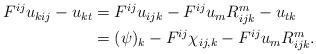
LaTeX: \begin{align*}\begin{aligned}F^{ij} u_{kij} - u_{kt} &= F^{ij} u_{ijk} - F^{ij} u_m R^m_{ijk} - u_{tk}\\&= (\psi)_k - F^{ij} \chi_{ij,k} - F^{ij} u_m R^m_{ijk}.\end{aligned}\end{align*}